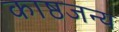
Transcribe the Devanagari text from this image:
काष्ठजन्य